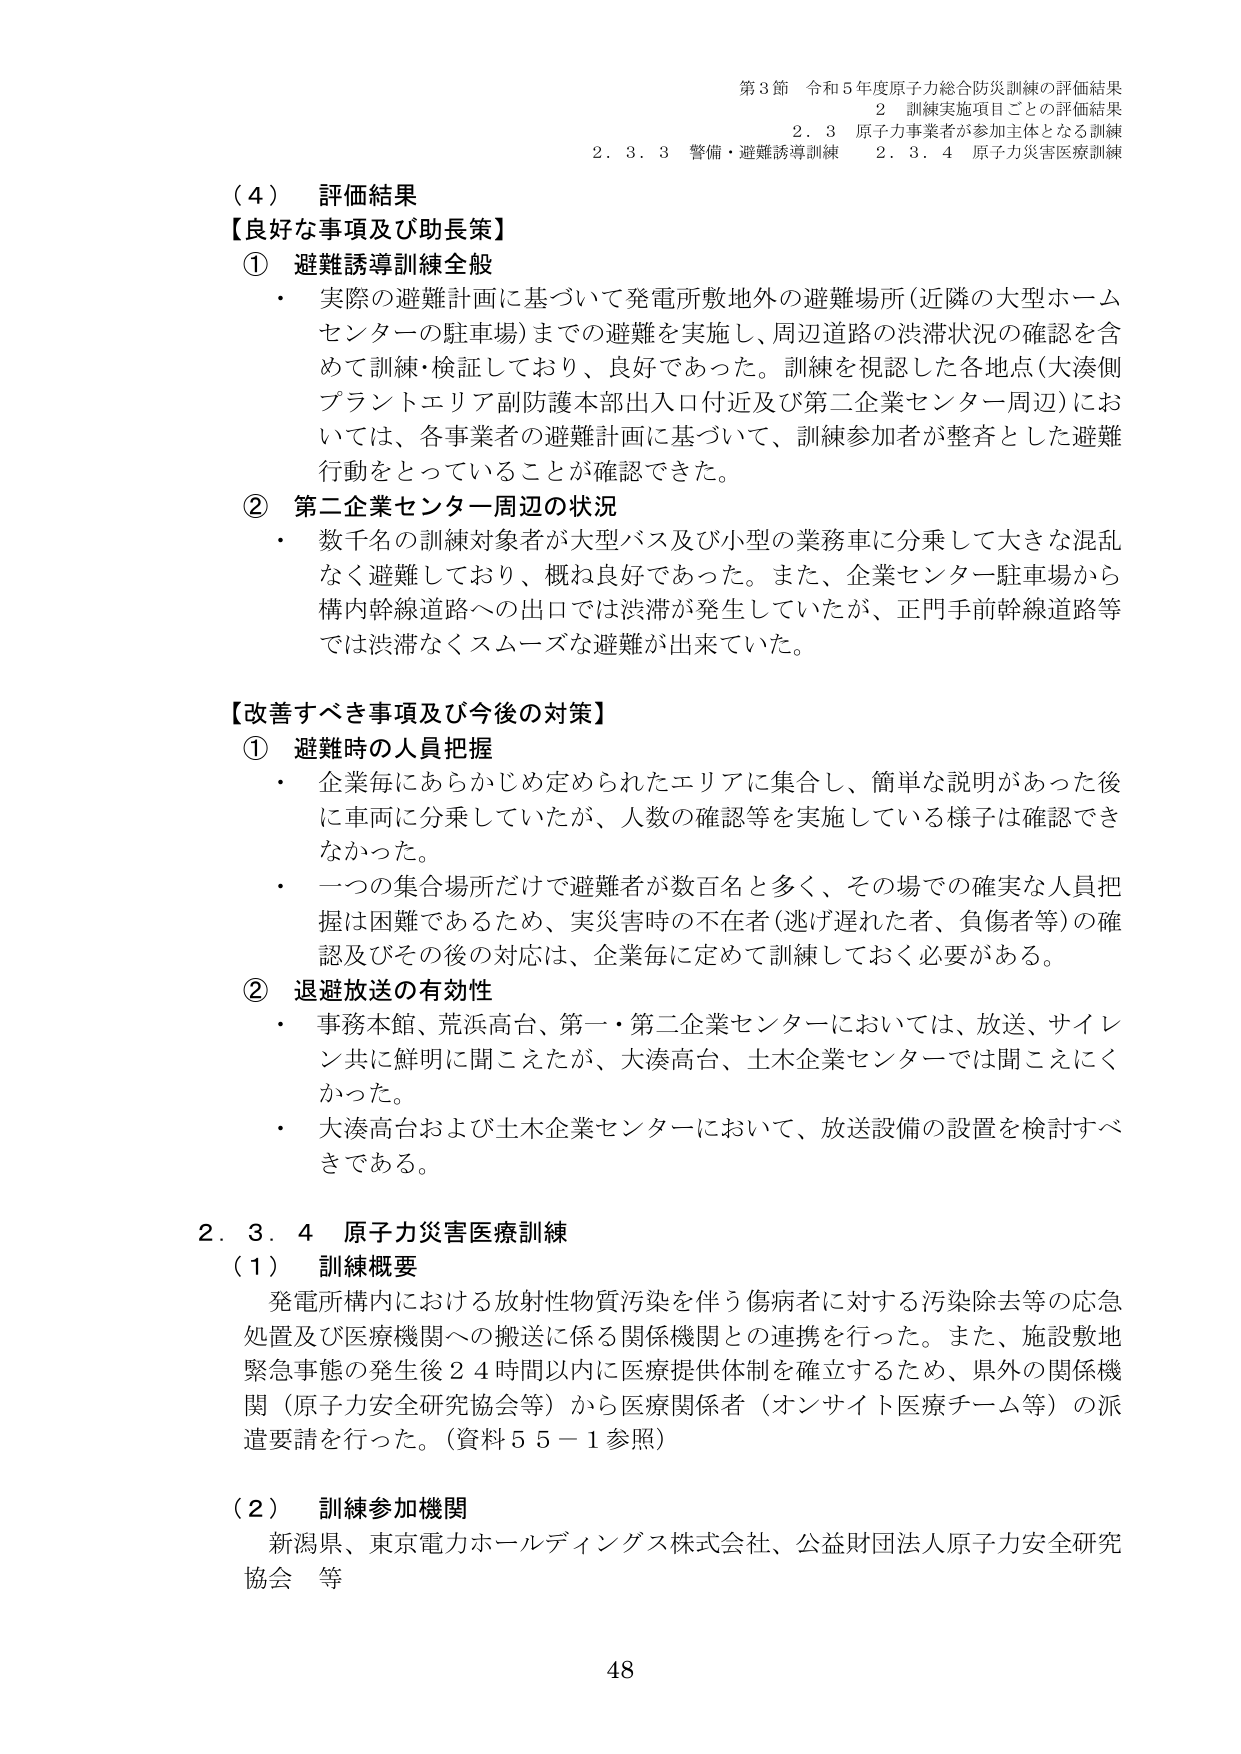
第3節 令和5年度原子力総合防災訓練の評価結果
2 訓練実施項目ごとの評価結果
2.3 原子力事業者が参加主体となる訓練
2.3.3 警備・避難誘導訓練 2.3.4 原子力災害医療訓練

（4） 評価結果
【良好な事項及び助長策】
① 避難誘導訓練全般
・ 実際の避難計画に基づいて発電所敷地外の避難場所（近隣の大型ホームセンターの駐車場）までの避難を実施し、周辺道路の渋滞状況の確認を含めて訓練・検証しており、良好であった。訓練を視認した各地点（大湊側プラントエリア副防護本部出入口付近及び第二企業センター周辺）においては、各事業者の避難計画に基づいて、訓練参加者が整斉とした避難行動をとっていることが確認できた。
② 第二企業センター周辺の状況
・ 数千名の訓練対象者が大型バス及び小型の業務車に分乗して大きな混乱なく避難しており、概ね良好であった。また、企業センター駐車場から構内幹線道路への出口では渋滞が発生していたが、正門手前幹線道路等では渋滞なくスムーズな避難が出来ていた。

【改善すべき事項及び今後の対策】
① 避難時の人員把握
・ 企業毎にあらかじめ定められたエリアに集合し、簡単な説明があった後に車両に分乗していたが、人数の確認等を実施している様子は確認できなかった。
・ 一つの集合場所だけで避難者が数百名と多く、その場での確実な人員把握は困難であるため、実災害時の不在者（逃げ遅れた者、負傷者等）の確認及びその後の対応は、企業毎に定めて訓練しておく必要がある。
② 退避放送の有効性
・ 事務本館、荒浜高台、第一・第二企業センターにおいては、放送、サイレン共に鮮明に聞こえたが、大湊高台、土木企業センターでは聞こえにくかった。
・ 大湊高台および土木企業センターにおいて、放送設備の設置を検討すべきである。

2.3.4 原子力災害医療訓練
（1） 訓練概要
発電所構内における放射性物質汚染を伴う傷病者に対する汚染除去等の応急処置及び医療機関への搬送に係る関係機関との連携を行った。また、施設敷地緊急事態の発生後24時間以内に医療提供体制を確立するため、県外の関係機関（原子力安全研究協会等）から医療関係者（オンサイト医療チーム等）の派遣要請を行った。（資料55－1参照）

（2） 訓練参加機関
新潟県、東京電力ホールディングス株式会社、公益財団法人原子力安全研究協会 等

48